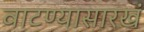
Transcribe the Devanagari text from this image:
वाटण्यासारखं